Report of the Imperial Institute of Veterinary Research, Muktesar
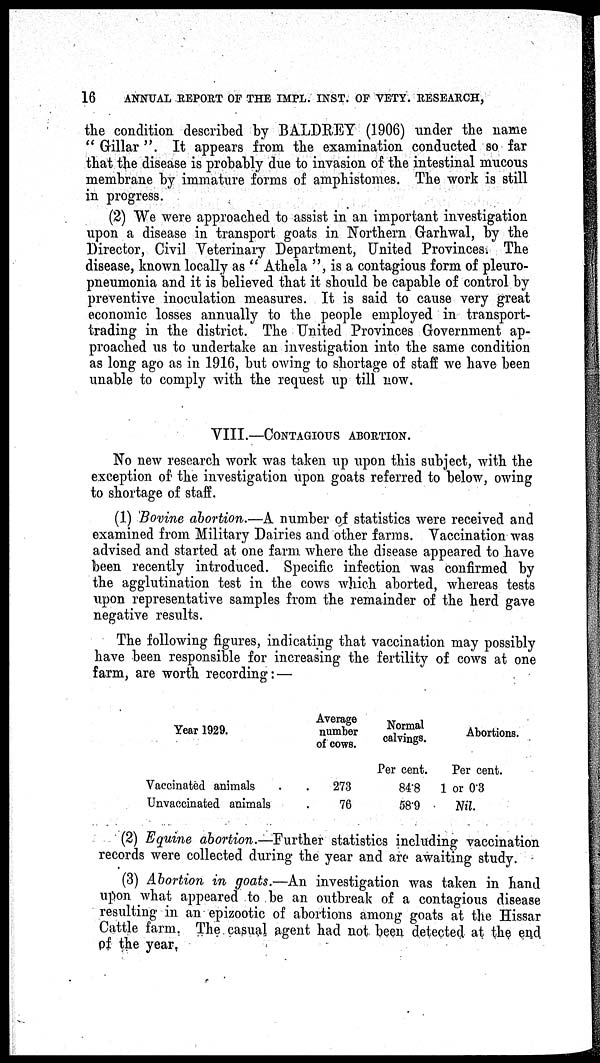
16 ANNUAL REPORT OF THE IMPL. INST. OF VETY. RESEARCH,
the condition described by BALDREY (1906) under the name
" Gillar ". It appears from the examination conducted so far
that the disease is probably due to invasion of the intestinal mucous
membrane by immature forms of amphistomes. The work is still
in progress.
(2) We were approached to assist in an important investigation
upon a disease in transport goats in Northern Garhwal, by the
Director, Civil Veterinary Department, United Provinces. The
disease, known locally as " Athela ", is a contagious form of pleuro-
pneumonia and it is believed that it should be capable of control by
preventive inoculation measures. It is said to cause very great
economic losses annually to the people employed in transport-
trading in the district. The United Provinces Government ap-
proached us to undertake an investigation into the same condition
as long ago as in 1916, but owing to shortage of staff we have been
unable to comply with the request up till now.
VIII.—CONTAGIOUS ABORTION.
No new research work was taken up upon this subject, with the
exception of the investigation upon goats referred to below, owing
to shortage of staff.
(1) Bovine abortion.—A number of statistics were received and
examined from Military Dairies and other farms. Vaccination was
advised and started at one farm where the disease appeared to have
been recently introduced. Specific infection was confirmed by
the agglutination test in the cows which aborted, whereas tests
upon representative samples from the remainder of the herd gave
negative results.
The following figures, indicating that vaccination may possibly
have been responsible for increasing the fertility of cows at one
farm, are worth recording:—
Year 1929.
Vaccinated animals
Unvaccinated animals
Average
number
of cows.
273
76
Normal
calvings.
Per cent.
84.8
58.9
Abortions.
Per cent.
1 or 0.3
Nil.
(2) Equine abortion.—Further statistics including vaccination
records were collected during the year and are awaiting study.
(3) Abortion in goats.—An investigation was taken in hand
upon what appeared to be an outbreak of a contagious disease
resulting in an epizootic of abortions among goats at the Hissar
Cattle farm. The casual agent had not. been detected at the end
of the year.